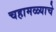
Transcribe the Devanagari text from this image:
चहामळ्याचे